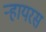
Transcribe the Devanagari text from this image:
ऱ्हायरस